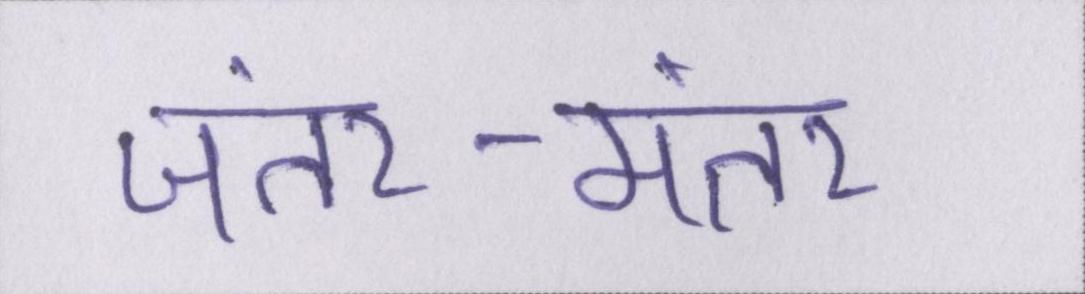
जंतर-मंतर